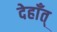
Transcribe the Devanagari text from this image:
देहाँत्